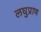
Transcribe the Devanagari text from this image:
लघुप्राण